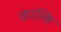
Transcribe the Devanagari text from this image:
काल्हि